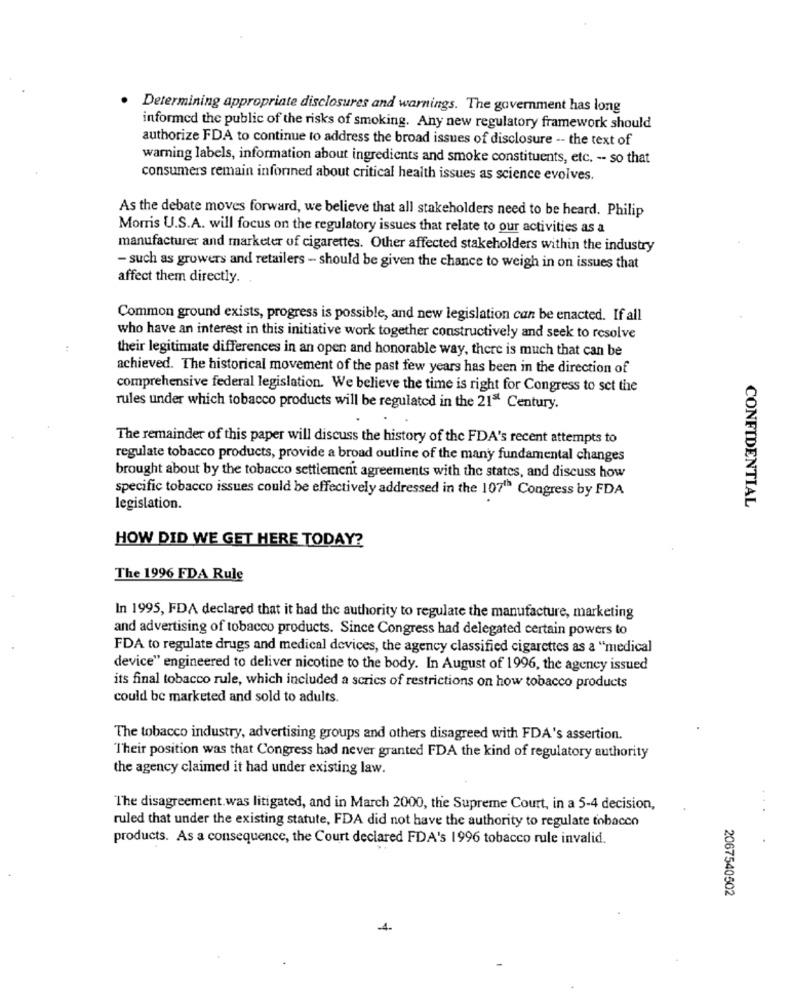
Determining appropriate disclosures and warnings. The government has long
informed the public of the risks of smoking. Any new regulatory framework should
authorize FDA to continue to address the broad issues of disclosure -- the text of
warning labels, information about ingredients and smoke constituents, etc. -- so that
consumers remain inforined about critical health issues as science evolves.
As the debate moves forward, we believe that all stakeholders need to be heard. Philip
Morris U.S.A. will focus on the regulatory issues that relate to our activities as a
manufacturer and marketer of cigarettes. Other affected stakeholders within the industry
- such as growers and retailers - should be given the chance to weigh in on issues that
affect them directly.
Common ground exists, progress is possible, and new legislation can be enacted. If all
who have an interest in this initiative work together constructively and seek to resolve
their legitimate differences in an open and honorable way, there is much that can be
achieved. The historical movement of the past few years has been in the direction of
comprehensive federal legislation. We believe the time is right for Congress to set the
rules under which tobacco products will be regulated in the 21" Century.
The remainder of this paper will discuss the history of the FDA's recent attempts to
regulate tobacco products, provide a broad outline of the many fundamental changes
brought about by the tobacco settlement agreements with the states, and discuss how
specific tobacco issues could be effectively addressed in the 1071ª Congress by FDA
CONFIDENTIAL
legislation.
HOW DID WE GET HERE TODAY?
The 1996 FDA Rule
In 1995, FDA declared that it had the authority to regulate the manufacture, marketing
and advertising of tobacco products. Since Congress had delegated certain powers to
FDA to regulate drugs and medical devices, the agency classified cigarettes as a "medical
device" engineered to deliver nicotine to the body. In August of 1996, the agency issued
its final tobacco rule, which included a scrics of restrictions on how tobacco products
could be marketed and sold to adults.
The tobacco industry, advertising groups and others disagreed with FDA's assertion.
Their position was that Congress had never granted FDA the kind of regulatory authority
the agency claimed it had under existing law.
The disagreement. was litigated, and in March 2000, the Supreme Court, in a 5-4 decision,
...
ruled that under the existing statute, FDA did not have the authority to regulate tobacco
products. As a consequence, the Court declared FDA's 1996 tobacco rule invalid.
2067540502
-4.